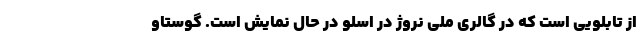
از تابلویی است که در گالری ملی نروژ در اسلو در حال نمایش است. گوستاو